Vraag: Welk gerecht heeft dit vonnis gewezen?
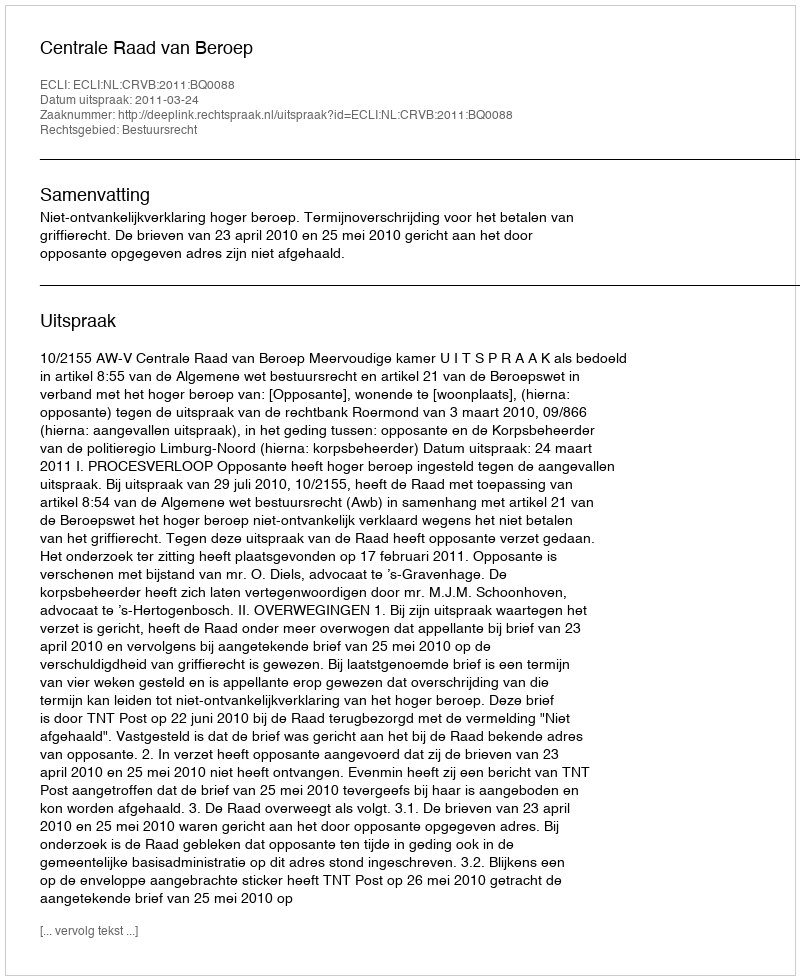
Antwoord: Centrale Raad van Beroep